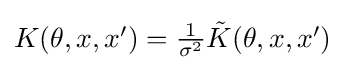
{\textstyle K(\theta ,x,x')={\frac {1}{\sigma ^{2}}}{\tilde {K}}(\theta ,x,x')}